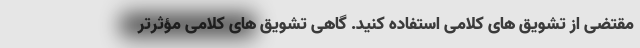
مقتضی از تشویق های کلامی استفاده کنید. گاهی تشویق های کلامی مؤثرتر